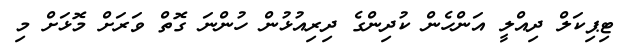
ޓިޕިކަލް ދިއްލީ އަންހެން ކުދިންގެ ދިރިއުޅުން ހުންނަ ގޮތް ވަރަށް މޮޅަށް މި